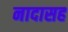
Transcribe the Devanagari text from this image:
नादासह